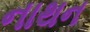
નાથન